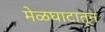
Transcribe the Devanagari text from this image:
मेळघाटातून